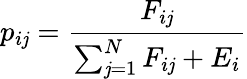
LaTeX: p_{i\mathit{j}}=\frac{{F_{i\mathit{j}}}}{{\sum_{\mathit{j}=1}^{N}F_{i\mathit{j}}+E_{i}}}